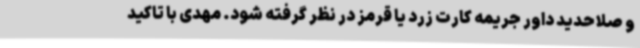
و صلاحدید داور جریمه کارت زرد یا قرمز در نظر گرفته شود. مهدی با تاکید